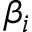
\beta _ { i }